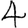
Digit: 4